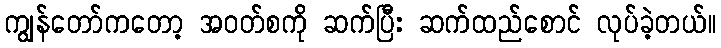
ကျွန်တော်ကတော့ အဝတ်စကို ဆက်ပြီး ဆက်ထည်စောင် လုပ်ခဲ့တယ်။